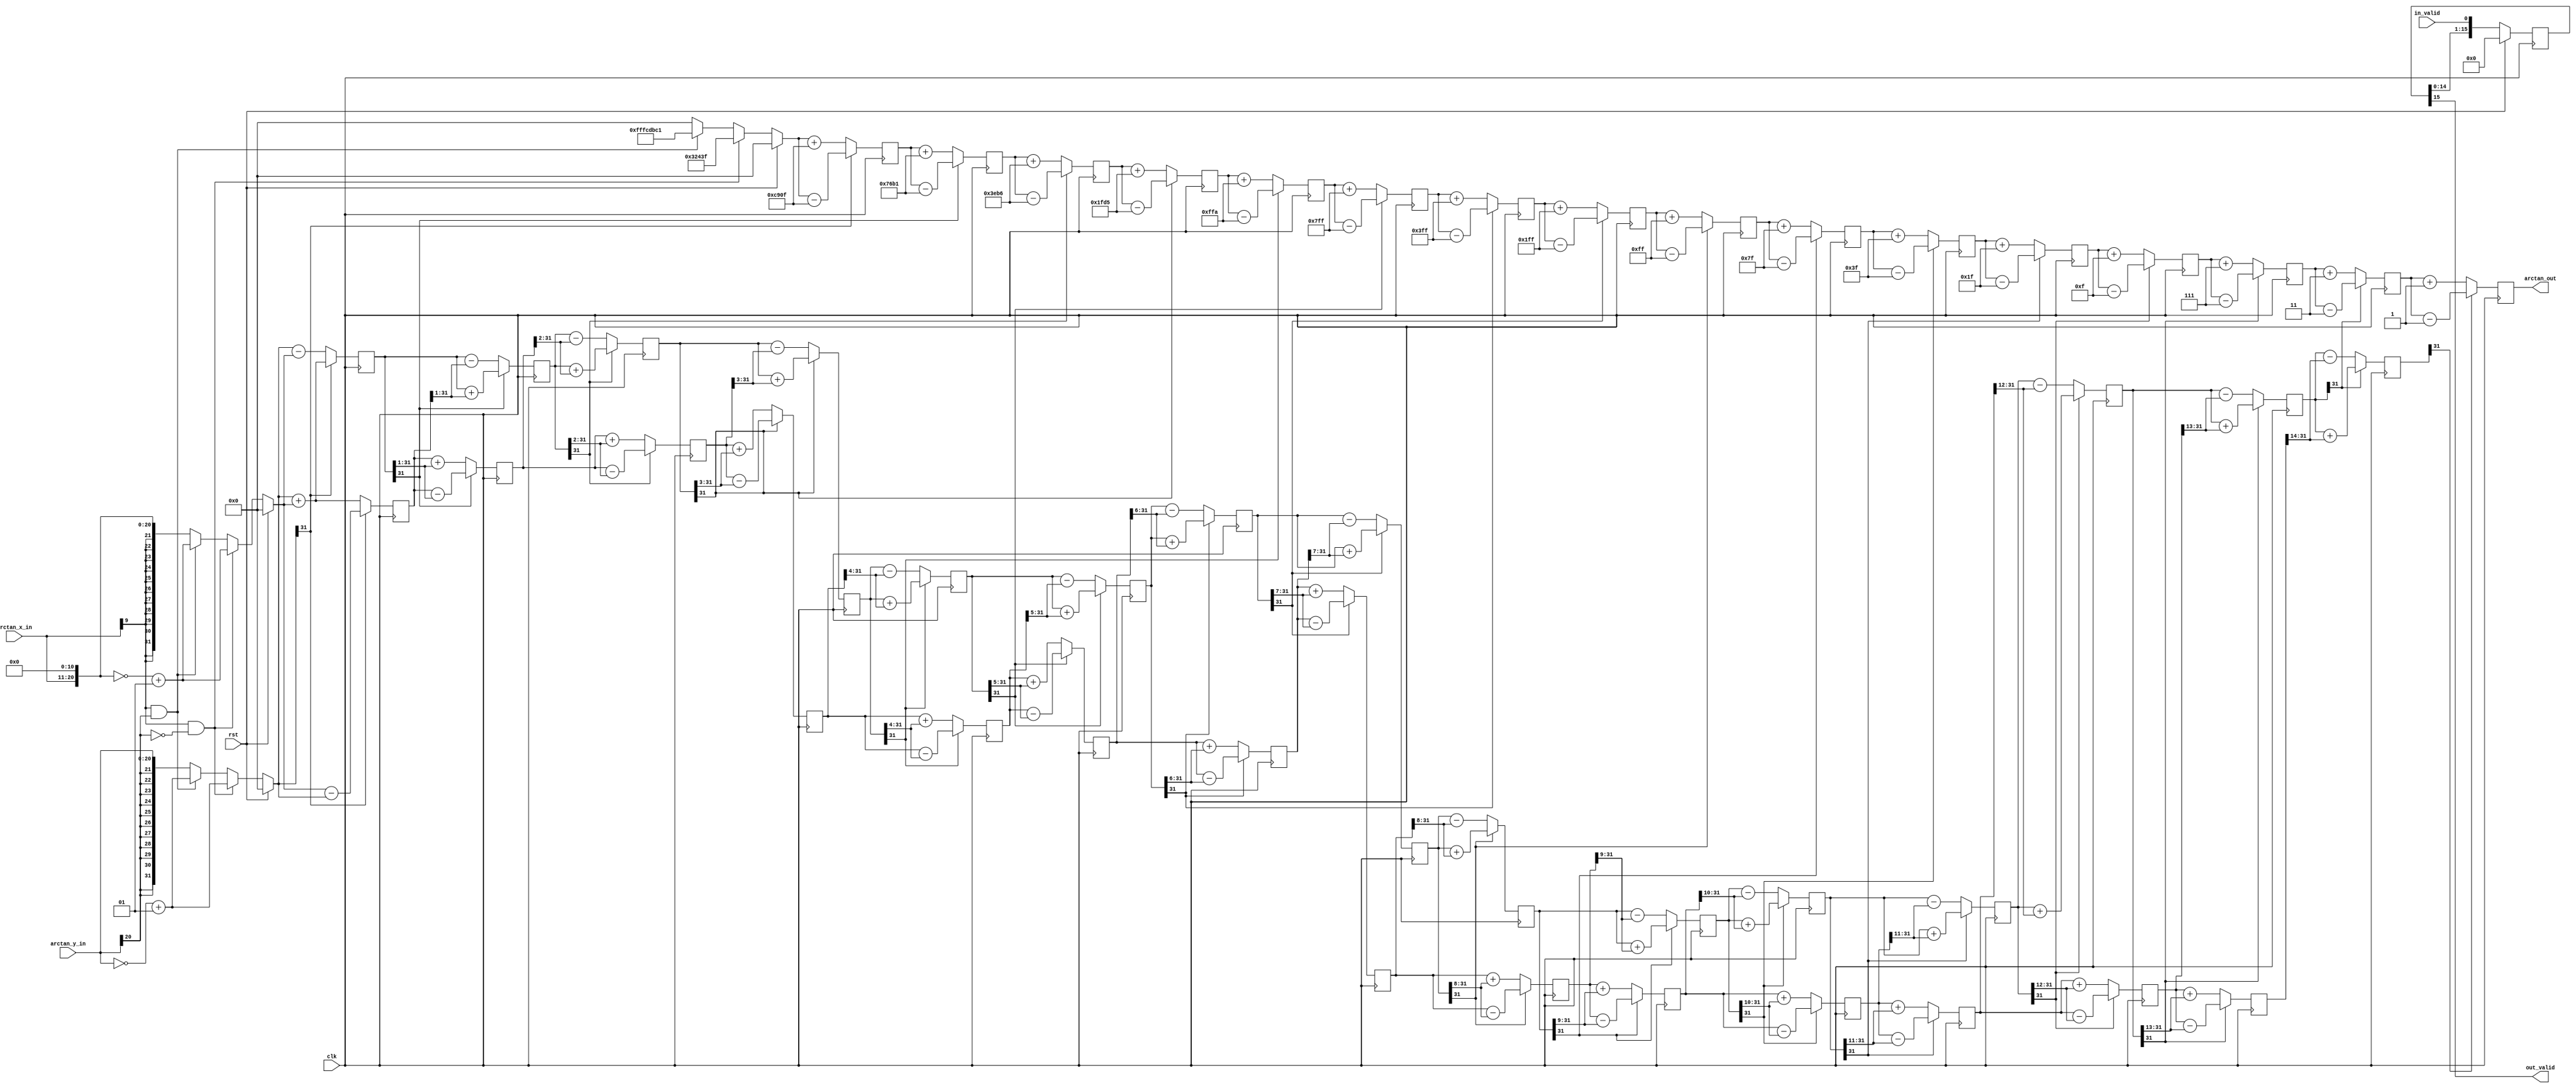
`timescale 1ns / 1ps
//////////////////////////////////////////////////////////////////////////////////
// Company: 
// Engineer: 
// 
// Design Name: 
// Module Name: CORDIC_pipeline
// Project Name: 
// Target Devices: 
// Tool Versions: 
// Description: 
// 
// Dependencies: 
// 
// Revision:
// Revision 0.01 - File Created
// Additional Comments:
// 
//////////////////////////////////////////////////////////////////////////////////


module CORDIC_pipeline #(
    parameter NUMERATOR_WIDTH=21,
              DENOMINATOR_WIDTH=10,
				  NUMERATOR_FACTOR=11,
              ARCTAN_WIDTH=32
)    
(
    input clk,
    input rst,
    input in_valid,
    input signed[NUMERATOR_WIDTH-1:0]arctan_y_in,
    input signed[DENOMINATOR_WIDTH-1:0]arctan_x_in,
    output out_valid,
    output signed[ARCTAN_WIDTH-1:0]arctan_out
);

reg signed [15:0]delay_shift;
reg signed[ARCTAN_WIDTH-1:0]arctan_y;
reg signed[ARCTAN_WIDTH-1:0]arctan_x;
reg signed[ARCTAN_WIDTH-1:0]z0;
reg signed[ARCTAN_WIDTH-1:0]x1_r,y1_r,z1_r;
reg signed[ARCTAN_WIDTH-1:0]x2_r,y2_r,z2_r;
reg signed[ARCTAN_WIDTH-1:0]x3_r,y3_r,z3_r;
reg signed[ARCTAN_WIDTH-1:0]x4_r,y4_r,z4_r;
reg signed[ARCTAN_WIDTH-1:0]x5_r,y5_r,z5_r;
reg signed[ARCTAN_WIDTH-1:0]x6_r,y6_r,z6_r;
reg signed[ARCTAN_WIDTH-1:0]x7_r,y7_r,z7_r;
reg signed[ARCTAN_WIDTH-1:0]x8_r,y8_r,z8_r;
reg signed[ARCTAN_WIDTH-1:0]x9_r,y9_r,z9_r;
reg signed[ARCTAN_WIDTH-1:0]x10_r,y10_r,z10_r;
reg signed[ARCTAN_WIDTH-1:0]x11_r,y11_r,z11_r;
reg signed[ARCTAN_WIDTH-1:0]x12_r,y12_r,z12_r;
reg signed[ARCTAN_WIDTH-1:0]x13_r,y13_r,z13_r;
reg signed[ARCTAN_WIDTH-1:0]x14_r,y14_r,z14_r;
reg signed[ARCTAN_WIDTH-1:0]x15_r,y15_r,z15_r;
reg signed[ARCTAN_WIDTH-1:0]x16_r,y16_r,z16_r;
//radian parameter
`define pi_mag   32'd205887

`define angle_k0 32'd51471
`define angle_k1 32'd30385
`define angle_k2 32'd16054
`define angle_k3 32'd8149
`define angle_k4 32'd4090
`define angle_k5 32'd2047
`define angle_k6 32'd1023
`define angle_k7 32'd511
`define angle_k8 32'd255
`define angle_k9 32'd127
`define angle_k10 32'd63
`define angle_k11 32'd31
`define angle_k12 32'd15
`define angle_k13 32'd7
`define angle_k14 32'd3
`define angle_k15 32'd1

//second third quadrants
always@(*)begin
    if(rst) begin
	   arctan_x=0;
		arctan_y=0;
		z0=0;
		end
	else if(arctan_x_in[DENOMINATOR_WIDTH-1]&&!arctan_y_in[NUMERATOR_WIDTH-1])begin
	   arctan_x=~(arctan_x_in<<<NUMERATOR_FACTOR)+1;	
		arctan_y=~arctan_y_in+1;
		z0=0+`pi_mag;
		end
	else if(arctan_x_in[DENOMINATOR_WIDTH-1]&&arctan_y_in[NUMERATOR_WIDTH-1])begin
		    arctan_x=~(arctan_x_in<<<NUMERATOR_FACTOR)+1;	
		    arctan_y=~arctan_y_in+1;
		    z0=0-`pi_mag;
			 end
	else begin
		    arctan_x=arctan_x_in<<<NUMERATOR_FACTOR;		
		    arctan_y=arctan_y_in;
		    z0=0;
			 end
end

//1
always@(posedge clk)begin
       if(arctan_y[ARCTAN_WIDTH-1])begin
          x1_r<=arctan_x-(arctan_y);
			 y1_r<=arctan_y+(arctan_x);
			 z1_r<=z0-`angle_k0;
			 end
       else begin
          x1_r<=arctan_x+(arctan_y);
			 y1_r<=arctan_y-(arctan_x);
			 z1_r<=z0+`angle_k0;
			end
     
end

//2
always @(posedge clk )begin
       if(y1_r[ARCTAN_WIDTH-1])begin
          x2_r<=x1_r-(y1_r>>>1);
			 y2_r<=y1_r+(x1_r>>>1);
			 z2_r<=z1_r-`angle_k1;
			 end
        else begin
          x2_r<=x1_r+(y1_r>>>1);
			 y2_r<=y1_r-(x1_r>>>1);
			 z2_r<=z1_r+`angle_k1;
			 end
     
end

//3
always @(posedge clk )begin
       if(y2_r[ARCTAN_WIDTH-1])begin
          x3_r<=x2_r-(y2_r>>>2);
			 y3_r<=y2_r+(x2_r>>>2);
			 z3_r<=z2_r-`angle_k2;
			 end
        else begin
          x3_r<=x2_r+(y2_r>>>2);
			 y3_r<=y2_r-(x2_r>>>2);
			 z3_r<=z2_r+`angle_k2;
			 end
     
end

//4
always @(posedge clk )begin
       if(y3_r[ARCTAN_WIDTH-1])begin
          x4_r<=x3_r-(y3_r>>>3);
			 y4_r<=y3_r+(x3_r>>>3);
			 z4_r<=z3_r-`angle_k3;
			 end
        else begin
          x4_r<=x3_r+(y3_r>>>3);
			 y4_r<=y3_r-(x3_r>>>3);
			 z4_r<=z3_r+`angle_k3;
			 end
    
end
//5
always @(posedge clk )begin
       if(y4_r[ARCTAN_WIDTH-1])begin
          x5_r<=x4_r-(y4_r>>>4);
			 y5_r<=y4_r+(x4_r>>>4);
			 z5_r<=z4_r-`angle_k4;
			 end
        else begin
          x5_r<=x4_r+(y4_r>>>4);
			 y5_r<=y4_r-(x4_r>>>4);
			 z5_r<=z4_r+`angle_k4;
			 end
     
end

//6
always @(posedge clk )begin
       if(y5_r[ARCTAN_WIDTH-1])begin
          x6_r<=x5_r-(y5_r>>>5);
			 y6_r<=y5_r+(x5_r>>>5);
			 z6_r<=z5_r-`angle_k5;
			 end
        else begin
          x6_r<=x5_r+(y5_r>>>5);
			 y6_r<=y5_r-(x5_r>>>5);
			 z6_r<=z5_r+`angle_k5;
			 end
    
end

//7
always @(posedge clk )begin
       if(y6_r[ARCTAN_WIDTH-1])begin
          x7_r<=x6_r-(y6_r>>>6);
			 y7_r<=y6_r+(x6_r>>>6);
			 z7_r<=z6_r-`angle_k6;
			 end                
        else begin           
          x7_r<=x6_r+(y6_r>>>6);
			 y7_r<=y6_r-(x6_r>>>6);
			 z7_r<=z6_r+`angle_k6;
			 end
     
end

//8
always @(posedge clk )begin
       if(y7_r[ARCTAN_WIDTH-1])begin
          x8_r<=x7_r-(y7_r>>>7);
			 y8_r<=y7_r+(x7_r>>>7);
			 z8_r<=z7_r-`angle_k7;
			 end                
        else begin           
          x8_r<=x7_r+(y7_r>>>7);
			 y8_r<=y7_r-(x7_r>>>7);
			 z8_r<=z7_r+`angle_k7;
			 end
     
end

//9
always @(posedge clk )begin
       if(y8_r[ARCTAN_WIDTH-1])begin
          x9_r<=x8_r-(y8_r>>>8);
			 y9_r<=y8_r+(x8_r>>>8);
			 z9_r<=z8_r-`angle_k8;
			 end
        else begin
          x9_r<=x8_r+(y8_r>>>8);
			 y9_r<=y8_r-(x8_r>>>8);
			 z9_r<=z8_r+`angle_k8;
			 end
     
end

//10
always @(posedge clk )begin
       if(y9_r[ARCTAN_WIDTH-1])begin
          x10_r<=x9_r-(y9_r>>>9);
			 y10_r<=y9_r+(x9_r>>>9);
			 z10_r<=z9_r-`angle_k9;
			 end
        else begin
          x10_r<=x9_r+(y9_r>>>9);
			 y10_r<=y9_r-(x9_r>>>9);
			 z10_r<=z9_r+`angle_k9;
			 end
     
end

//11
always @(posedge clk )begin
       if(y10_r[ARCTAN_WIDTH-1])begin
          x11_r<=x10_r-(y10_r>>>10);
			 y11_r<=y10_r+(x10_r>>>10);
			 z11_r<=z10_r-`angle_k10;
			 end
        else begin
          x11_r<=x10_r+(y10_r>>>10);
			 y11_r<=y10_r-(x10_r>>>10);
			 z11_r<=z10_r+`angle_k10;
			 end    
end

//12
always @(posedge clk )begin
       if(y11_r[ARCTAN_WIDTH-1])begin
          x12_r<=x11_r-(y11_r>>>11);
			 y12_r<=y11_r+(x11_r>>>11);
			 z12_r<=z11_r-`angle_k11;
			 end
        else begin
          x12_r<=x11_r+(y11_r>>>11);
			 y12_r<=y11_r-(x11_r>>>11);
			 z12_r<=z11_r+`angle_k11;
			 end
     
end

//13
always @(posedge clk )begin
       if(y12_r[ARCTAN_WIDTH-1])begin
          x13_r<=x12_r-(y12_r>>>12);
			 y13_r<=y12_r+(x12_r>>>12);
			 z13_r<=z12_r-`angle_k12;
			 end
        else begin
          x13_r<=x12_r+(y12_r>>>12);
			 y13_r<=y12_r-(x12_r>>>12);
			 z13_r<=z12_r+`angle_k12;
			 end
     
end

//14
always @(posedge clk )begin
       if(y13_r[ARCTAN_WIDTH-1])begin
          x14_r<=x13_r-(y13_r>>>13);
			 y14_r<=y13_r+(x13_r>>>13);
			 z14_r<=z13_r-`angle_k13;
			 end
        else begin
          x14_r<=x13_r+(y13_r>>>13);
			 y14_r<=y13_r-(x13_r>>>13);
			 z14_r<=z13_r+`angle_k13;
			 end
     
end

//15
always @(posedge clk )begin
       if(y14_r[ARCTAN_WIDTH-1])begin
          x15_r<=x14_r-(y14_r>>>14);
			 y15_r<=y14_r+(x14_r>>>14);
			 z15_r<=z14_r-`angle_k14;
			 end
        else begin
          x15_r<=x14_r+(y14_r>>>14);
			 y15_r<=y14_r-(x14_r>>>14);
			 z15_r<=z14_r+`angle_k14;
			 end
     
end

//16
always @(posedge clk )begin
       if(y15_r[ARCTAN_WIDTH-1])begin
          x16_r<=x15_r-(y15_r>>>15);
			 y16_r<=y15_r+(x15_r>>>15);
			 z16_r<=z15_r-`angle_k15;
			 end
        else begin
          x16_r<=x15_r+(y15_r>>>15);
			 y16_r<=y15_r-(x15_r>>>15);
			 z16_r<=z15_r+`angle_k15;
			 end
     
end

always@(posedge clk)begin
   if(rst)
	   delay_shift<=0;
	else 
	    delay_shift<={delay_shift[14:0],in_valid};
end



assign out_valid=delay_shift[15];
assign arctan_out=z16_r;
endmodule